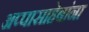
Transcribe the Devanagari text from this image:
अप्पासाहेबांना